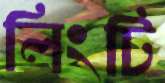
লিংটি